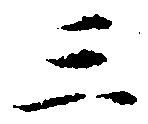
三